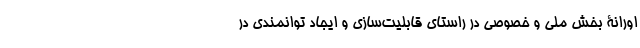
اورانۀ بخش ملی و خصوصی در راستای قابلیت­سازی و ایجاد توانمندی در